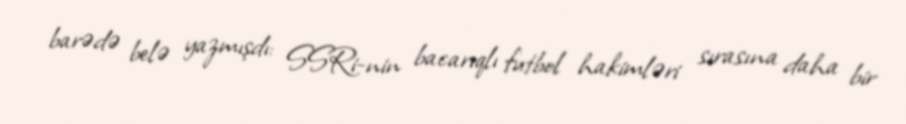
barədə belə yazmışdı: SSRi-nin bacarıqlı futbol hakimləri sırasına daha bir